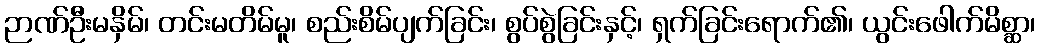
ဉာဏ်ဦးမနှိမ်၊ တင်းမတိမ်မူ၊ စည်းစိမ်ပျက်ခြင်း၊ စွပ်စွဲခြင်းနှင့်၊ ရှက်ခြင်းရောက်၏၊ ယွင်းဖေါက်မိစ္ဆာ၊